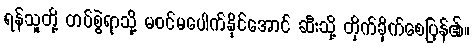
ရန်သူတို့ တပ်စွဲရာသို့ မဝင်မပေါက်နိုင်အောင် ဆီးသို့ တိုက်ခိုက်စေပြန်၏။